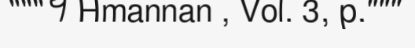
"""។ Hmannan , Vol. 3, p."""